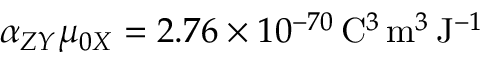
\alpha _ { Z Y } \mu _ { 0 X } = 2 . 7 6 \times 1 0 ^ { - 7 0 } \, \mathrm { C } ^ { 3 } \, \mathrm { m } ^ { 3 } \, \mathrm { J } ^ { - 1 }